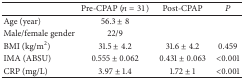
<table><thead><tr><td><b> </b></td><td><b>Pre-CPAP (<i>n</i> = 31)</b></td><td><b>Post-CPAP</b></td><td><b><i>P</i></b></td></tr></thead><tbody><tr><td>Age (year)</td><td>56.3 ± 8</td><td> </td><td> </td></tr><tr><td>Male/female gender</td><td>22/9</td><td> </td><td> </td></tr><tr><td>BMI (kg/m<sup>2</sup>)</td><td>31.5 ± 4.2</td><td>31.6 ± 4.2</td><td>0.459</td></tr><tr><td>IMA (ABSU)</td><td>0.555 ± 0.062</td><td>0.431 ± 0.063</td><td>&lt;0.001</td></tr><tr><td>CRP (mg/L)</td><td>3.97 ± 1.4</td><td>1.72 ± 1</td><td>&lt;0.001</td></tr></tbody></table>